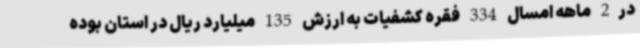
در2 ماهه امسال 334 فقره کشفیات به ارزش 135 میلیارد ریال در استان بوده